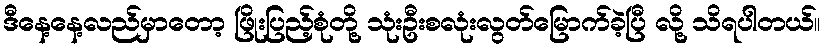
ဒီနေ့နေ့လည်မှာတော့ ဖြိုးပြည့်စုံတို့ သုံးဦးစလုံးလွတ်မြောက်ခဲ့ပြီ လို့ သိရပါတယ်။